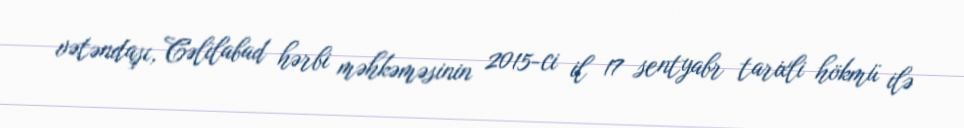
vətəndaşı, Cəlilabad hərbi məhkəməsinin 2015-ci il 17 sentyabr tarixli hökmü ilə